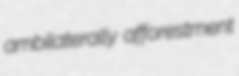
ambilaterally afforestment